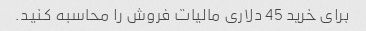
برای خرید 45 دلاری مالیات فروش را محاسبه کنید.